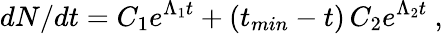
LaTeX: dN/dt=C_{1}e^{\Lambda_{1}t}+(t_{min}-t)\, C_{2}e^{\Lambda_{2}t}\ ,